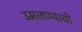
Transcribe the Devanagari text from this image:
उमलण्याची